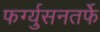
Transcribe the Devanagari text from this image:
फर्ग्युसनतर्फे